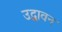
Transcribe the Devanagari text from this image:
उद्धावन